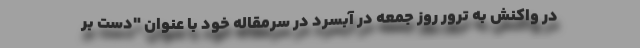
در واکنش به ترور روز جمعه در آبسرد در سرمقاله خود با عنوان "دست بر